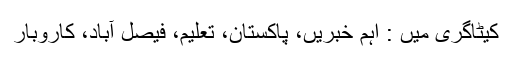
کیٹاگری میں : اہم خبریں، پاکستان، تعلیم، فیصل آباد، کاروبار